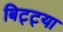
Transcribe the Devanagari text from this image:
बिट्ट्या